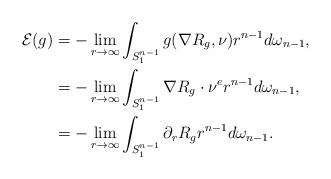
LaTeX: \begin{align*}\mathcal{E}(g)&=-\lim_{r\rightarrow\infty}\int_{S^{n-1}_1}g(\nabla R_g,\nu)r^{n-1}d\omega_{n-1},\\&=-\lim_{r\rightarrow\infty}\int_{S^{n-1}_1}\nabla R_g\cdot \nu^e r^{n-1}d\omega_{n-1},\\&=-\lim_{r\rightarrow\infty}\int_{S^{n-1}_1}\partial_r R_g r^{n-1}d\omega_{n-1}.\end{align*}